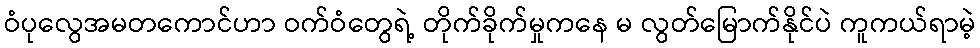
ဝံပုလွေအမတကောင်ဟာ ဝက်ဝံတွေရဲ့ တိုက်ခိုက်မှုကနေ မ လွတ်မြောက်နိုင်ပဲ ကူကယ်ရာမဲ့